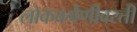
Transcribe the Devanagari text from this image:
लोकवर्गणीवरती